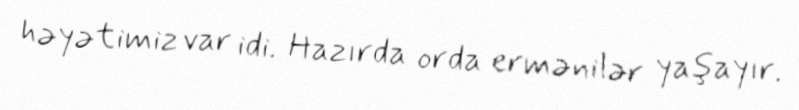
həyətimiz var idi. Hazırda orda ermənilər yaşayır.